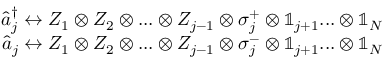
\begin{array} { r } { \hat { a } _ { j } ^ { \dagger } \leftrightarrow Z _ { 1 } \otimes Z _ { 2 } \otimes . . . \otimes Z _ { j - 1 } \otimes \sigma _ { j } ^ { + } \otimes \mathbb { 1 } _ { j + 1 } . . . \otimes \mathbb { 1 } _ { N } } \\ { \hat { a } _ { j } \leftrightarrow Z _ { 1 } \otimes Z _ { 2 } \otimes . . . \otimes Z _ { j - 1 } \otimes \sigma _ { j } ^ { - } \otimes \mathbb { 1 } _ { j + 1 } . . . \otimes \mathbb { 1 } _ { N } } \end{array}